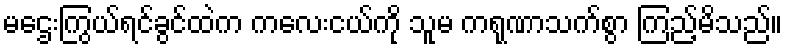
မဌေးကြွယ်ရင်ခွင်ထဲက ကလေးငယ်ကို သူမ ကရုဏာသက်စွာ ကြည့်မိသည်။